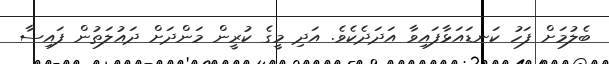
ބެލުމަށް ފަހު ކަނޑައަޅާފައިވާ އަދަދެކެވެ. އަދި މީގެ ކުރީން މަންދަށް ދައުލަތުން ފައިސާ